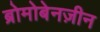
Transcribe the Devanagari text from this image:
ब्रोमोबेनज़ीन